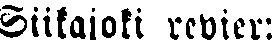
Siikajoki revier: